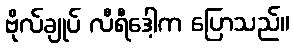
ဗိုလ်ချုပ် လီရီဒေါ့က ပြောသည်။